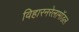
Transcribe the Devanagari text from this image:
विहारनरेलामॉडल